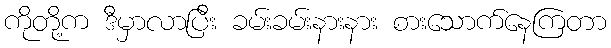
ကိုတို့က ဒီမှာလာပြီး ခမ်းခမ်းနားနား စားသောက်နေကြတာ